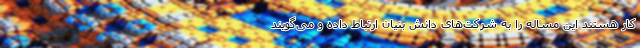
کار هستند این مساله را به شرکت‌های دانش بنیان ارتباط داده و می‌گویند